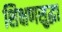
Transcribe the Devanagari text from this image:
शिक्षणसुद्धा